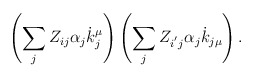
\begin{align*}\left( \sum\limits_jZ_{ij}\alpha _j\dot{k}_j^\mu \right) \left(\sum\limits_jZ_{i^{^{\prime }}j}\alpha _j\dot{k}_{j\mu }\right) .\end{align*}